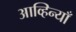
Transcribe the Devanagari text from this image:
आव्हिन्याँ